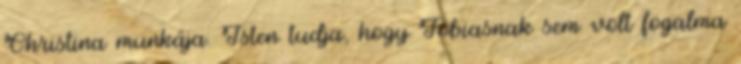
Christina munkája. Isten tudja, hogy Tobiasnak sem volt fogalma